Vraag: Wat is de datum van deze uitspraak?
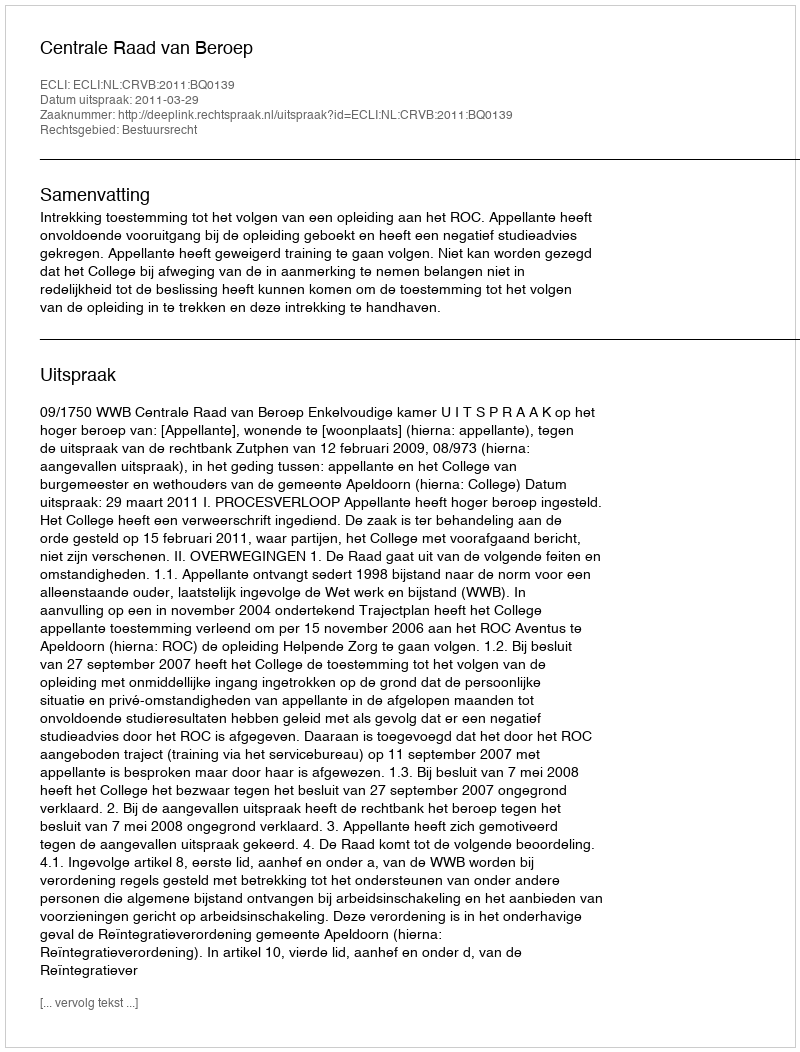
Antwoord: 2011-03-29